Civil Veterinary Department Bengal reports 1923-33 - 1923-1933
Year: 1923
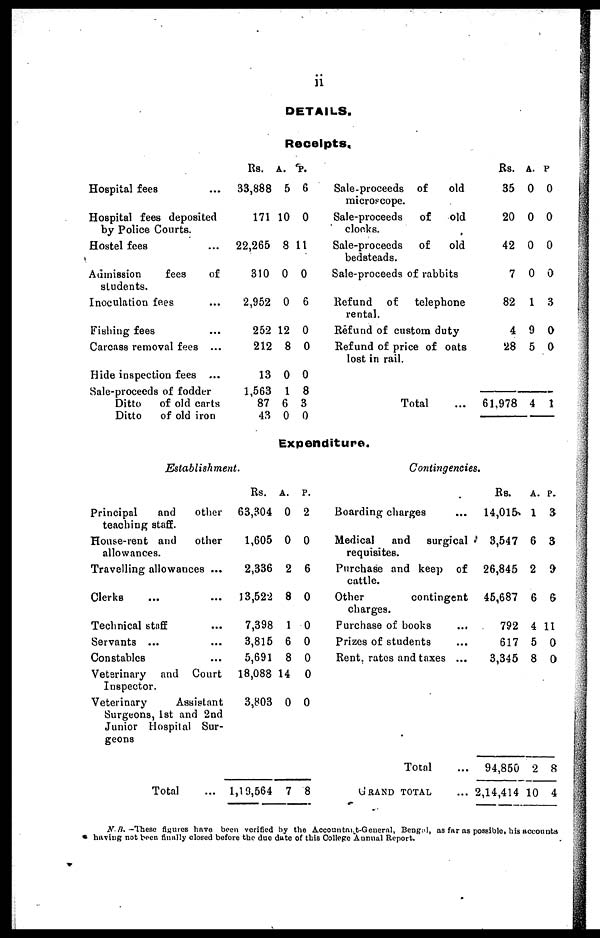
ii
DETAILS.
Receipts,
Hospital fees ...
Hospital fees deposited
by Police Courts.
Hostel fees ...
Admission
fees
of
students.
Inoculation fees ...
Fishing fees ...
Carcass removal fees ...
Hide inspection fees ...
Sale-proceeds of fodder
Ditto
of old carts
Ditto
of old iron
Rs.
33,888
171 1
22,265
310
2,952
252 1
212
13
1,563
87
43
A.
5
0
8 1
0
0
2
8
0
1
6
0
P.
6
0
1
0
6
0
0
0
8
3
0
Sale-proceeds of
old
microscope.
Sale-proceeds
of
old
clocks.
Sale-proceeds
of
old
bedsteads.
Sale-proceeds of rabbits
Refund
of
telephone
rental.
Refund of custom duty
Refund of price of oats
lost in rail.
Total ...
Rs.
35
20
42
7
82
4
28
61,978
A.
0
0 0
0
0
1
9
5
4
P.
0
0
0
3
0
0
1
Expenditure.
Establishment.
Principal
and
other
teaching staff.
House-rent and
other
allowances.
Travelling allowances ...
Clerks ... ...
Technical staff ...
Servants ... ...
Constables
Veterinary
and
Court
Inspector.
Veterinary
Assistant
Surgeons, 1st and 2nd
Junior Hospital Sur-
geons
Total ...
Rs.
63,304
1,605
2,336
13,522
7,398
3,815
5,691
18,088 1
3,803
1,19,564
A.
0
0
2
8
1
6
8
4
0
7
P.
2
0
6
0
0
0
0
0
0
8
Contingencies.
Boarding charges ...
Medical
and
surgical
requisites.
Purchase and keep of
cattle.
Other
contingent
charges.
Purchase of books ...
Prizes of students ...
Rent, rates and taxes ...
Total
GRAND TOTAL ...
Rs.
14,015
3,547
26,845
45,687
792
617
3,345
94,850
2,14,414
A.
1
6
2
6
4
5
8
2
10
P.
3
3
9
6
11
0
0
8
4
N. B. -These figures have been verified by the Accountant-General, Bengal, as far as possible, his accounts
having not been finally closed before the due date of this College Annual Report.